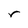
Character: r